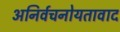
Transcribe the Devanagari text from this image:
अनिर्वचनोयतावाद